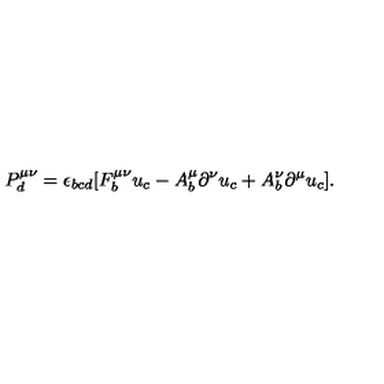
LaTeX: P _ { d } ^ { \mu \nu } = \epsilon _ { b c d } [ F _ { b } ^ { \mu \nu } u _ { c } - A _ { b } ^ { \mu } \partial ^ { \nu } u _ { c } + A _ { b } ^ { \nu } \partial ^ { \mu } u _ { c } ] .